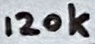
Text: 120k